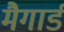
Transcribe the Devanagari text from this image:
मैगार्ड